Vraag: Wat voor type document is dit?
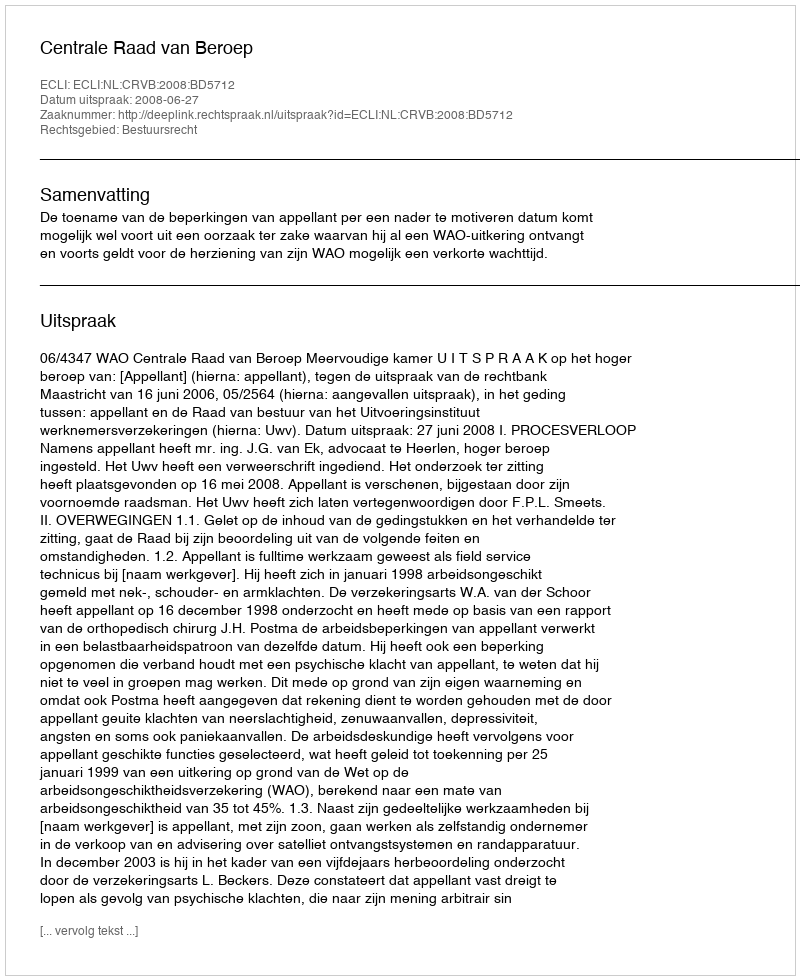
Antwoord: Uitspraak